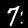
Digit: 7